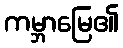
ကမ္ဘာမြေ၏